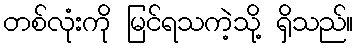
တစ်လုံးကို မြင်ရသကဲ့သို့ ရှိသည်။